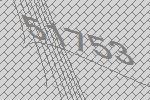
51753